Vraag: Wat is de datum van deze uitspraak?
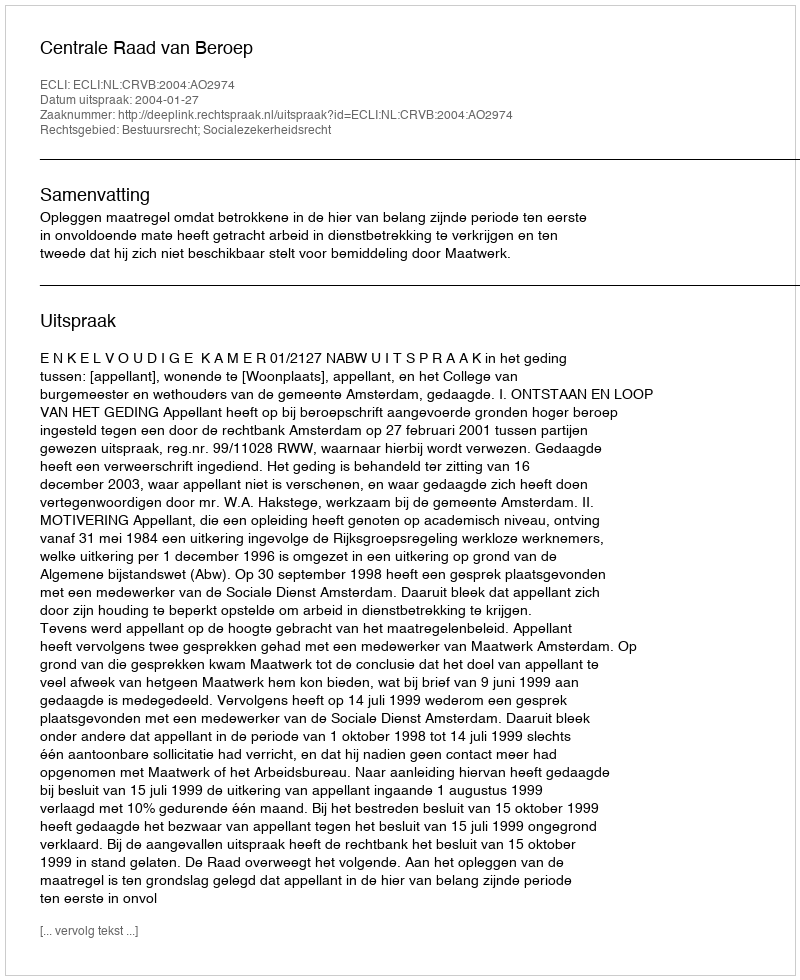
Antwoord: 2004-01-27